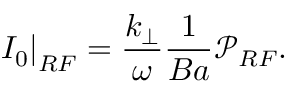
\left. I _ { 0 } \right| _ { R F } = \frac { k _ { \perp } } { \omega } \frac { 1 } { B a } \mathcal { P } _ { R F } .